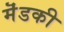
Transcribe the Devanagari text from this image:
मॆंडकी